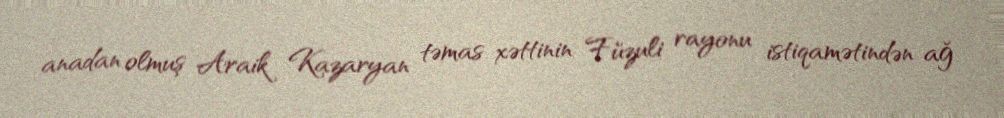
anadan olmuş Araik Kazaryan təmas xəttinin Füzuli rayonu istiqamətindən ağ